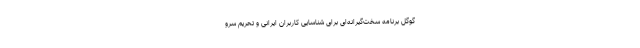
گوگل برنامه سخت‌گیرانه‌ای برای شناسایی کاربران ایرانی و تحریم سرو